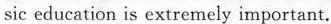
sic education is extremely important.